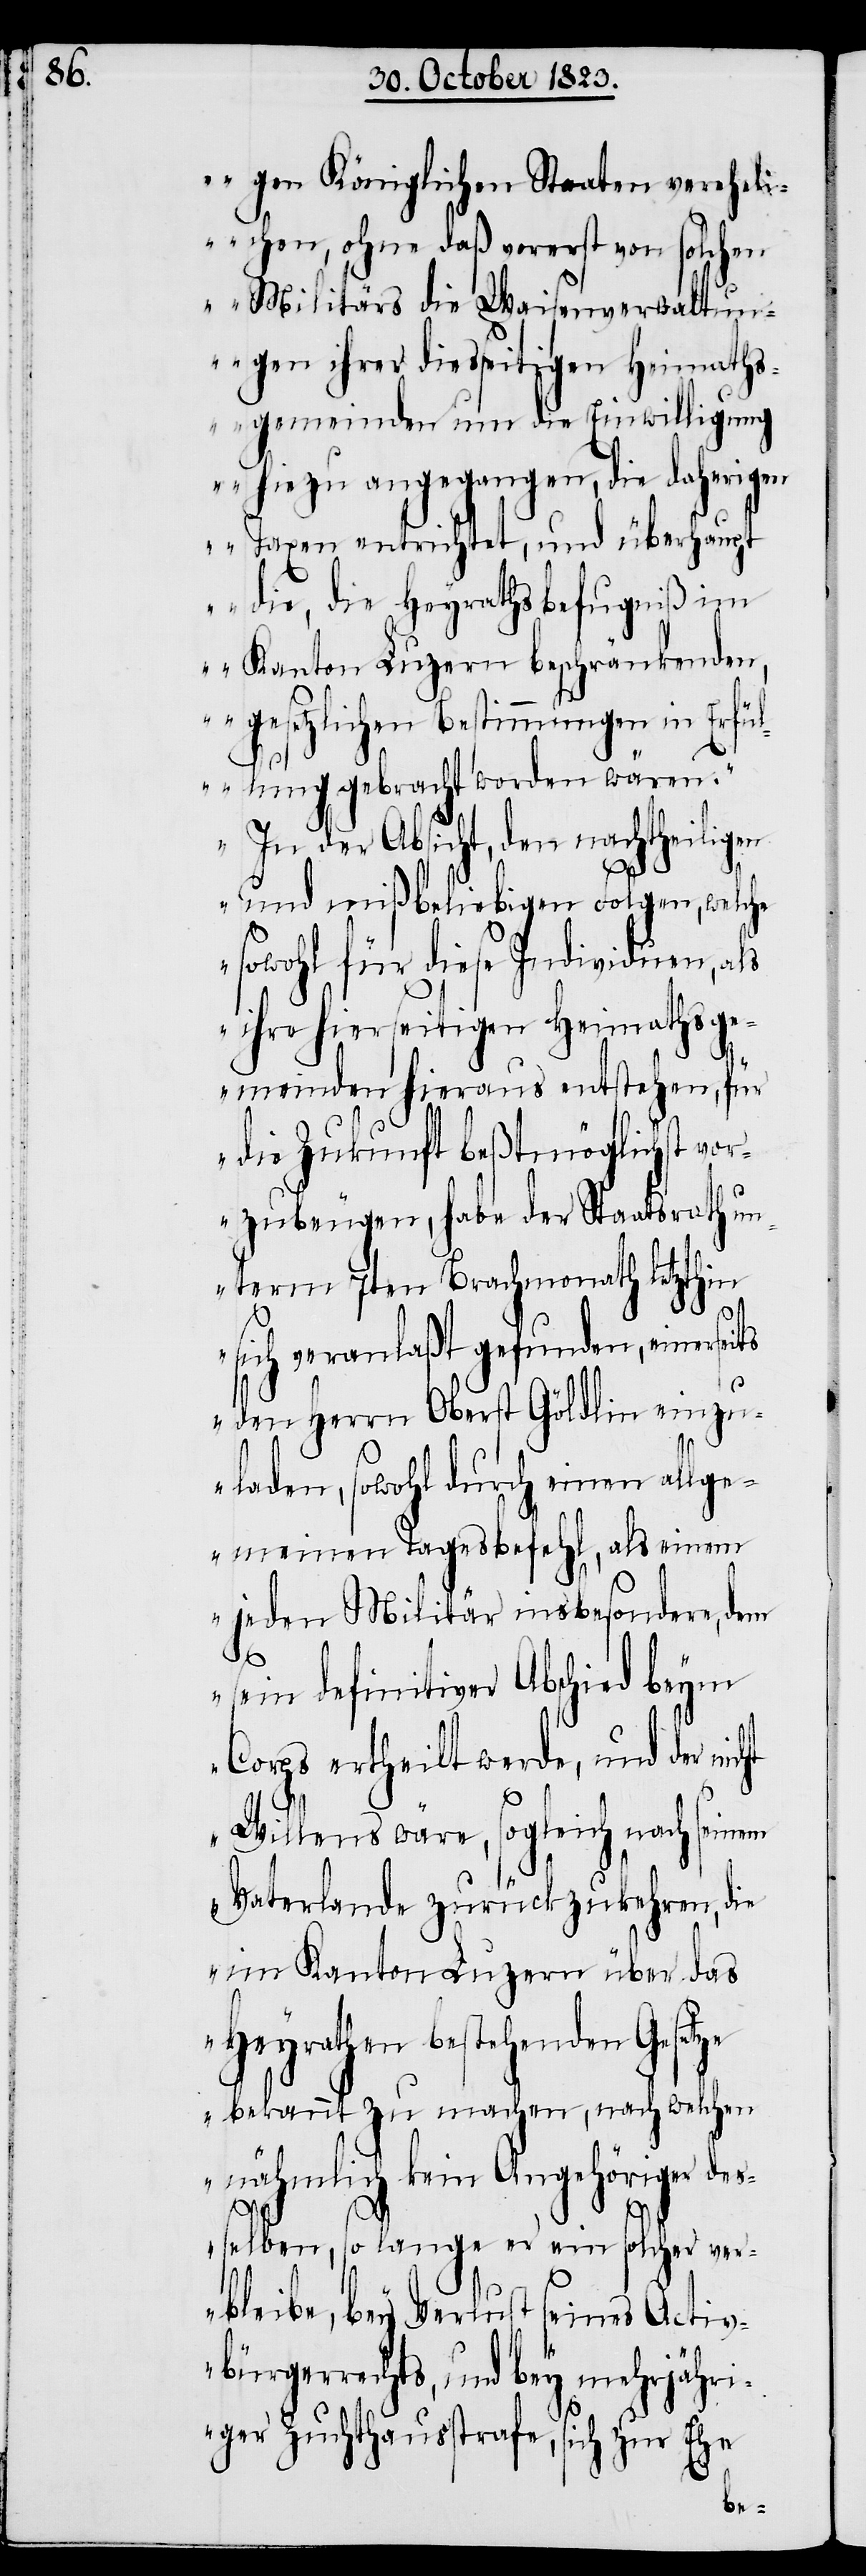
gen Königlichen Staaten verehli¬
chen, ohne daß vorerst von solchen
Militärs die Waisenverwaltun¬
gen ihrer diesseitigen Heimaths¬
gemeinden um die Einwilligung
hiezu angegangen, die daherigen
Taxen entrichtet, und überhaupt
die, die Heyrathsbefugniß im
Kanton Luzern beschränkenden,
gesetzlichen Bestimmungen in Erfü¬
llung gebracht worden wären.“
In der Absicht, den nachtheiligen
und mißbeliebigen Folgen, welche
sowohl für diese Individuen, als
ihre hierseitigen Heimathsge¬
meinden hieraus entstehen, für
die Zukunft beßtmöglichst vo¬
rzubeugen, habe der Staatsrath un¬
term 7ten Brachmonath letzthin
ht
sich veranlaßt gefunden, einerseits
den Herrn Oberst Göldlin einzu¬
laden, sowohl durch einen allge¬
meinen Tagesbefehl, als einem
jeden Militär insbesondere, dem
sein definitiver Abschied beym
Corps ertheilt werde, und der nic¬
Willens wäre, sogleich nach seinem
Vaterlande zurückzukehren, die
im Kanton Luzern über das
Heyrathen bestehenden Geset¬
ze bekannt zu machen, nach welchen
nähmlich kein Angehöriger des¬
selben, so lange er ein solcher ver¬
bleibe, bey Verlust seines Activ¬
bürgerrechts, und bey mehrjähri¬
ger Zuchthausstrafe, sich zur Ehe